Leaving Certificate Examination, 1916
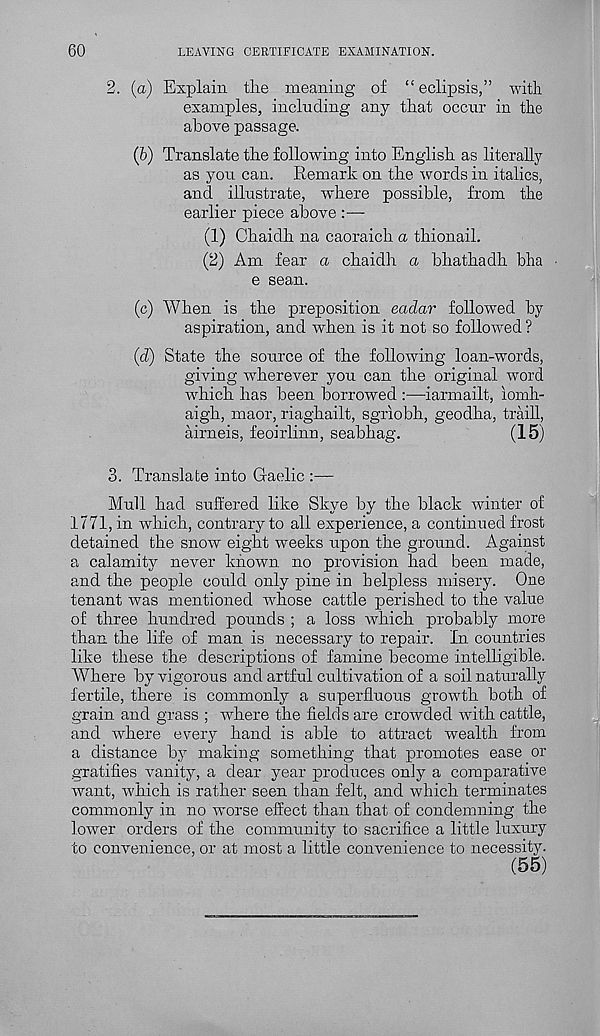
60
LEAVING CERTIFICATE EXAMINATION.
2. (a) Explain the meaning of “ eclipsis,” with
examples, including any that occur in the
above passage.
(b) Translate the following into English as literally
as you can. Remark on the words in italics,
and illustrate, where possible, from the
earlier piece above :—
(1) Chaidh na caoraich a thionail.
(2) Am fear a chaidh a bhathadh bha
e sean.
(c) When is the preposition eaclar followed by
aspiration, and when is it not so followed ?
(d) State the source of the following loan-words,
giving wherever you can the original word
which has been borrowed :—iarmailt, iomh-
aigh, maor, riaghailt, sgrlobh, geodha, traill,
airneis, feoirlinn, seabhag.
(15)
3. Translate into Gaelic :—
Mull had suffered like Skye by the black winter of
1771, in which, contrary to all experience, a continued frost
detained the snow eight w'eeks upon the ground. Against
a calamity never known no provision had been made,
and the people could only pine in helpless misery. One
tenant was mentioned whose cattle perished to the value
of three hundred pounds ; a loss which probably more
than the life of man is necessary to repair. In countries
like these the descriptions of famine become intelligible.
Where by vigorous and artful cultivation of a soil naturally
fertile, there is commonly a superfluous growth both of
grain and grass ; wdiere the fields are crowded with cattle,
and wdiere every hand is able to attract wealth from
a distance by making something that promotes ease or
gratifies vanity, a dear year produces oniy a comparative
want, which is rather seen than felt, and which terminates
commonly in no worse effect than that of condemning the
lower orders of the community to sacrifice a little luxury
to convenience, or at most a little convenience to necessity.